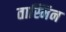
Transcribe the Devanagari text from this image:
तास्मिन